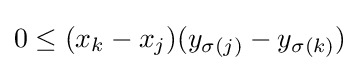
0\leq (x_{k}-x_{j})(y_{\sigma (j)}-y_{\sigma (k)})